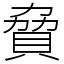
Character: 䝱